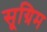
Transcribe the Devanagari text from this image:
सूग्रिम